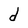
Character: d